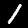
Digit: 1